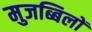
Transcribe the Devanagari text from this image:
मुजब्बिलों